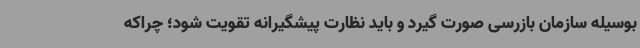
بوسیله سازمان بازرسی صورت گیرد و باید نظارت پیشگیرانه تقویت شود؛ چراکه